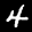
Digit: 4